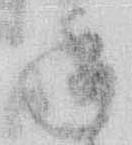
承